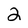
Character: 2